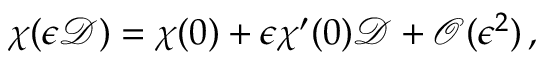
\chi ( \epsilon \mathcal { D } ) = \chi ( 0 ) + \epsilon \chi ^ { \prime } ( 0 ) \mathcal { D } + \mathcal { O } ( \epsilon ^ { 2 } ) \, ,